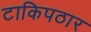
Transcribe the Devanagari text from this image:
टाकिपठार